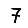
Digit: 7